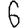
Digit: 6